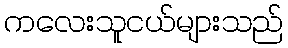
ကလေးသူငယ်များသည်